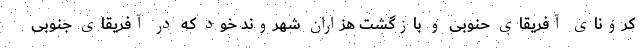
کرونای آفریقای حنوبی و بازگشت هزاران شهروند خود که در آفریقای جنوبی